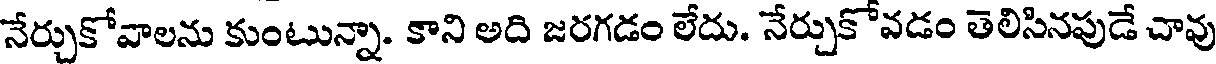
నేర్చుకోవాలను కుంటున్నా. కాని అది జరగడం లేదు. నేర్చుకోవడం తెలిసినపుడే చావు